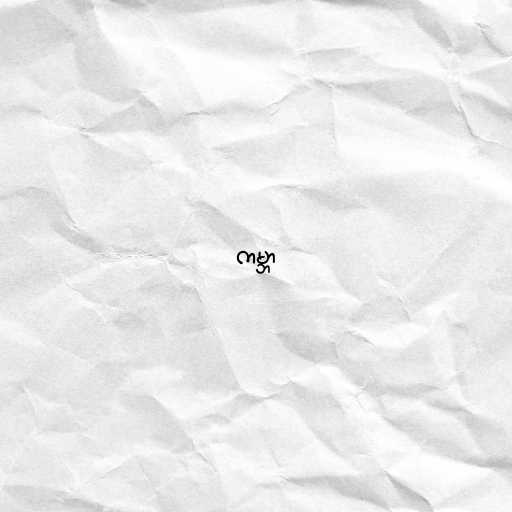
ကမ္ဘာ